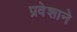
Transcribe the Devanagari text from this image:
प्रवेशाने